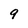
Character: 9